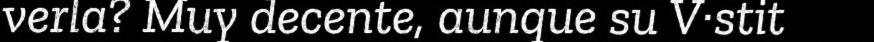
verla? Muy decente, aunque su V·stit